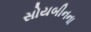
સોયબીનના